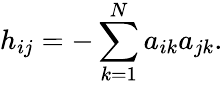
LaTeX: h_{ij}=-\sum_{k=1}^{N}a_{ik}a_{jk}.